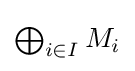
\textstyle \bigoplus _{i\in I}M_{i}